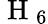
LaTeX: \mathrm{~H~}_{6}